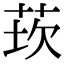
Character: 莰